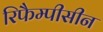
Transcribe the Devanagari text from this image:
रिफैम्पीसीन